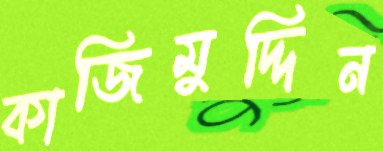
কাজিমুদ্দিন